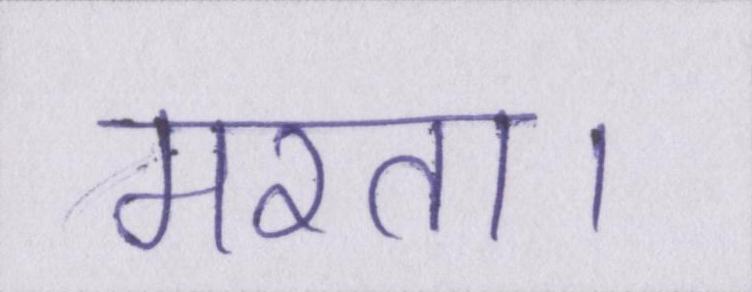
मरता।